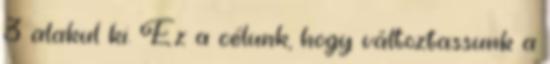
3 alakul ki. Ez a célunk, hogy változtassunk a